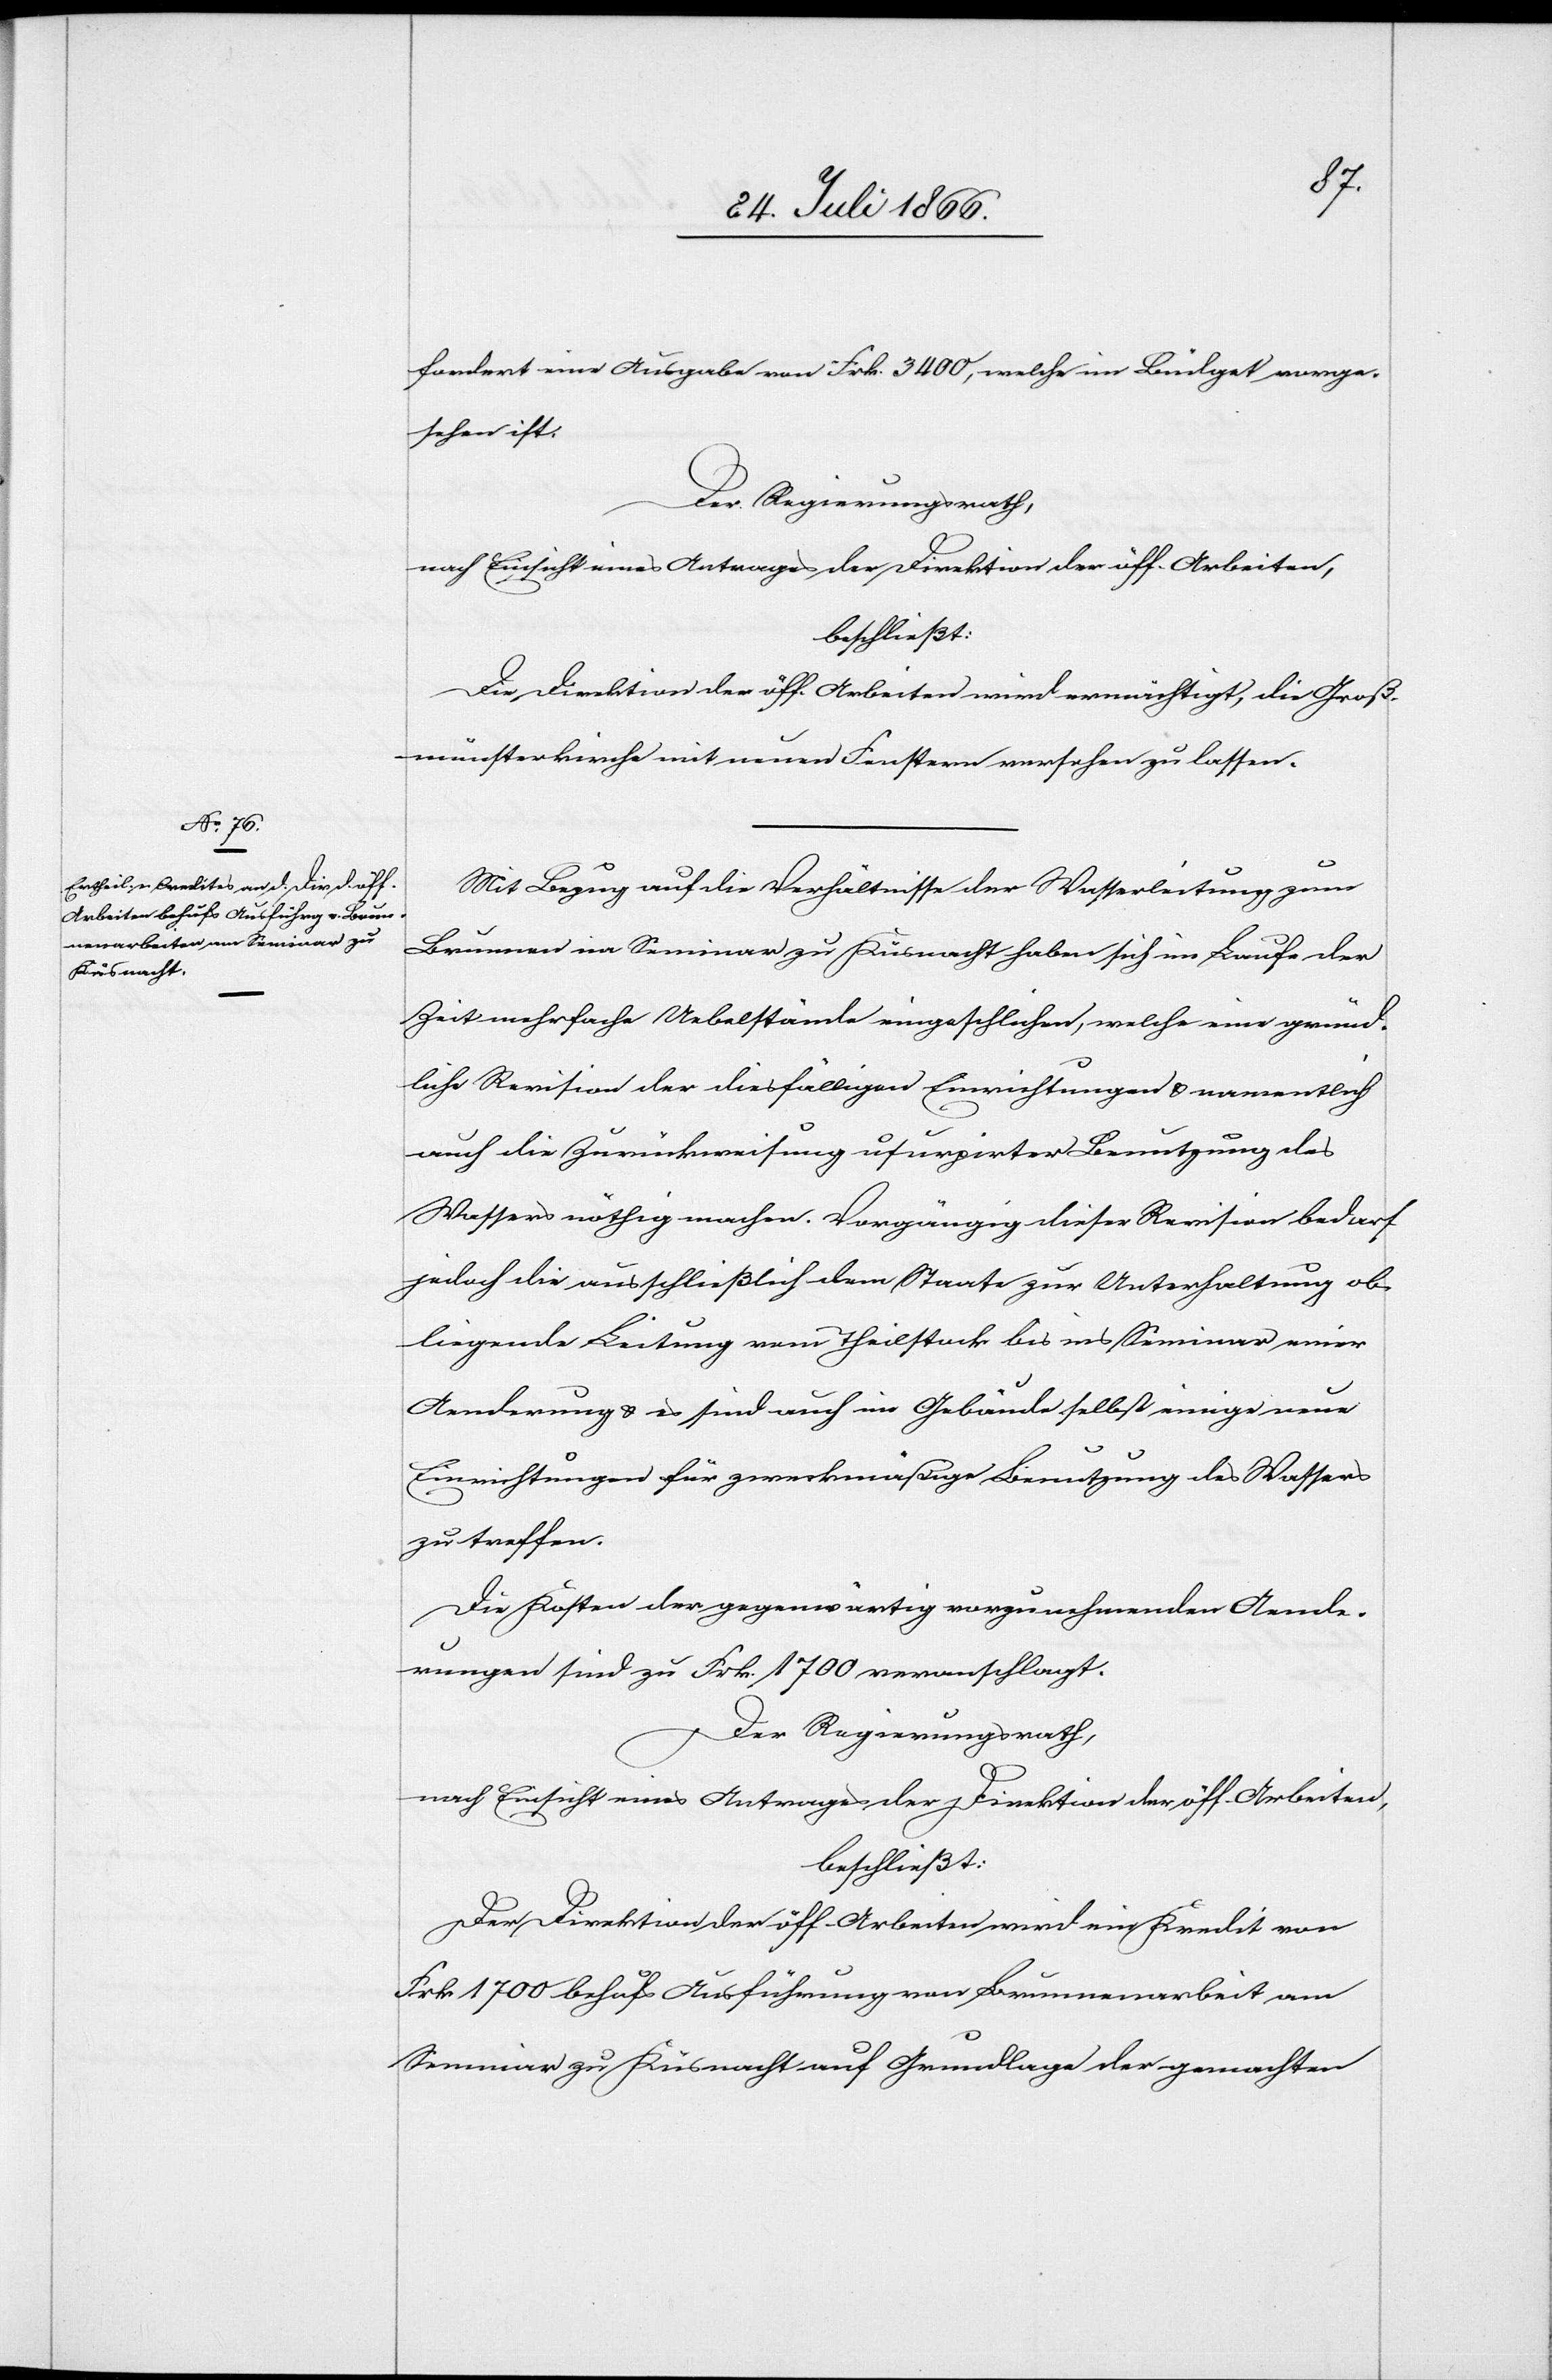
fordert eine Ausgabe von Frk. 3400, welche im Büdget vorge¬
sehen ist.
Der Regierungsrath,
nach Einsicht eines Antrages der Direktion der öff. Arbeiten,
beschließt:
Die Direktion der öff. Arbeiten wird ermächtigt, die Groß¬
münsterkirche mit neuen Fenstern versehen zu lassen.
Mit Bezug auf die Verhältnisse der Wasserleitungen zum
Brunnen im Seminare zu Küsnacht haben sich im Laufe der
Zeit mehrere Uebelstände eingeschlichen, welche eine gründ¬
liche Revision der diesfälligen Einrichtungen u. namentlich
auch die Zurückweisung usurpirter Benutzung des
Wassers nöthig machen. Vorgängig dieser Revision bedarf
jedoch die ausschließlich dem Staate zur Unterhaltung ob¬
liegende Leitung vom Theilstock bis ins Seminare einer
Aenderung u. es sind auch im Gebäude selbst einige neue
Einrichtungen für zweckmäßige Benutzung des Wassers
zu treffen.
Die Kosten der gegenwärtig vorzunehmenden Aende¬
rungen sind zu Frk. 1700 veranschlagt.
Der Regierungsrath,
nach Einsicht eines Antrages der Direktion der öff. Arbeiten,
beschließt:
Der Direktion der öff. Arbeiten wird ein Kredit von
Frk. 1700 behufs Ausführung von Brunnenarbeiten am
Seminare zu Küsnacht auf Grundlage der gemachten